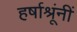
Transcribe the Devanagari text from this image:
हर्षाश्रूंनीं